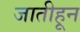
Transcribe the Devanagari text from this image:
जातीहून